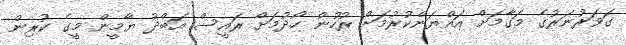
ގަވަރުނަރުގެ މަގާމަށް އައްޔަންކުރުމަށް ރުހުން ހޯދުމަށް ރައީސް އަބްދު ޔާމީން މީގެ ކުރިން